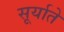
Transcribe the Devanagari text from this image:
सूर्याते